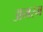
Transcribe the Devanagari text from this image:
अमरम